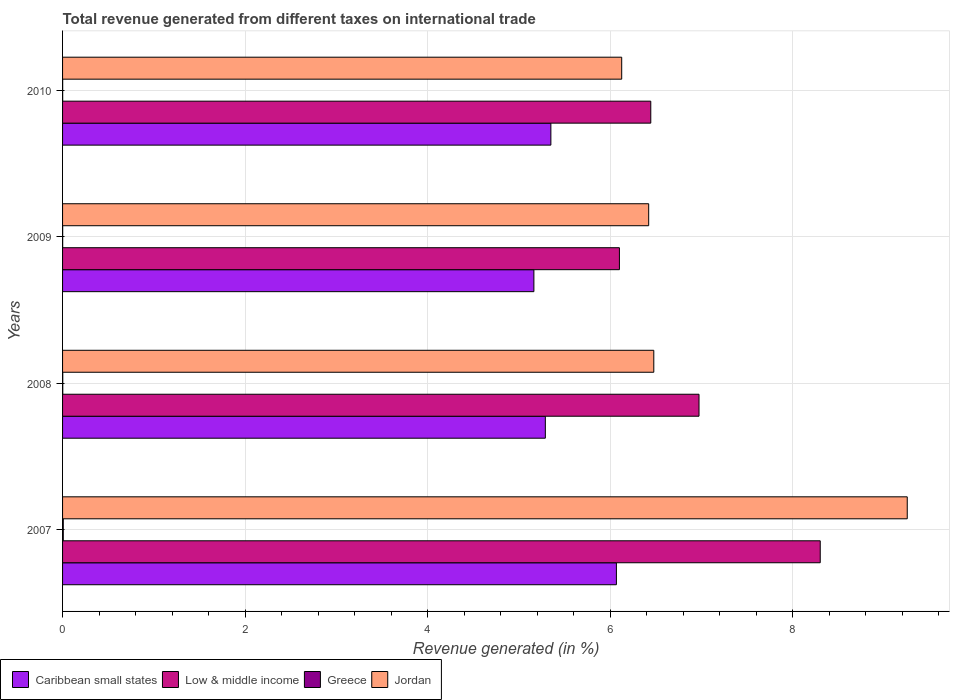
| Years | Caribbean small states | Low & middle income | Greece | Jordan |
 | --- | --- | --- | --- | --- |
 | 2007 | 6.07 | 8.3 | 0.00789 | 9.25 |
 | 2008 | 5.29 | 6.97 | 0.00216 | 6.48 |
 | 2009 | 5.16 | 6.1 | 0.00116 | 6.42 |
 | 2010 | 5.35 | 6.44 | 0.00114 | 6.13 |